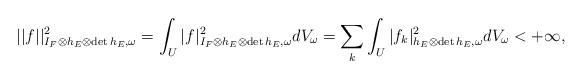
LaTeX: \begin{align*} ||f||^2_{I_F\otimes h_E\otimes\mathrm{det}\,h_E,\omega}=\int_U|f|^2_{I_F\otimes h_E\otimes\mathrm{det}\,h_E,\omega} dV_\omega=\sum_k \int_U|f_k|^2_{h_E\otimes\mathrm{det}\,h_E,\omega} dV_\omega<+\infty, \end{align*}